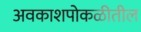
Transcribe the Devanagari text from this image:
अवकाशपोकळीतील